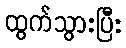
ထွက်သွားပြီး